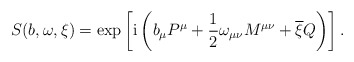
\begin{align*} S(b,\omega,\xi) = \exp \left[ {\rm i} \left( b_{\mu} P^{\mu} + \frac{1}{2} \omega_{\mu\nu} M^{\mu\nu} + \overline{\xi} Q \right) \right] .\end{align*}